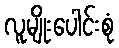
လူမျိုးပေါင်းစုံ